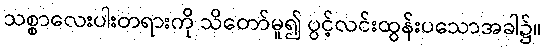
သစ္စာလေးပါးတရားကို သိတော်မူ၍ ပွင့်လင်းထွန်းပသောအခါ၌။